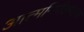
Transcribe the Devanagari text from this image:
आत्मनिरीक्षणाचा